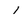
Character: 1